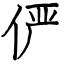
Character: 俨